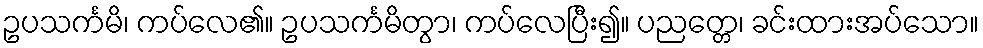
ဥပသင်္ကမိ၊ ကပ်လေ၏။ ဥပသင်္ကမိတွာ၊ ကပ်လေပြီး၍။ ပညတ္တေ၊ ခင်းထားအပ်သော။